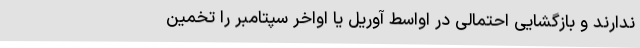
ندارند و بازگشایی احتمالی در اواسط آوریل یا اواخر سپتامبر را تخمین